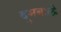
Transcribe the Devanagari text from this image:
दुमबाले